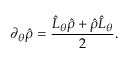
\partial _ { \theta } \hat { \rho } = \frac { \hat { L } _ { \theta } \hat { \rho } + \hat { \rho } \hat { L } _ { \theta } } { 2 } .